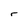
Character: r